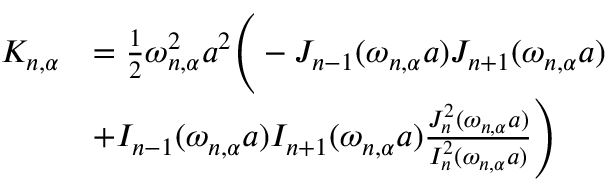
\begin{array} { r l } { K _ { n , \alpha } } & { = \frac { 1 } { 2 } \omega _ { n , \alpha } ^ { 2 } a ^ { 2 } \Bigg ( - J _ { n - 1 } ( \omega _ { n , \alpha } a ) J _ { n + 1 } ( \omega _ { n , \alpha } a ) } \\ & { + I _ { n - 1 } ( \omega _ { n , \alpha } a ) I _ { n + 1 } ( \omega _ { n , \alpha } a ) \frac { J _ { n } ^ { 2 } ( \omega _ { n , \alpha } a ) } { I _ { n } ^ { 2 } ( \omega _ { n , \alpha } a ) } \Bigg ) } \end{array}